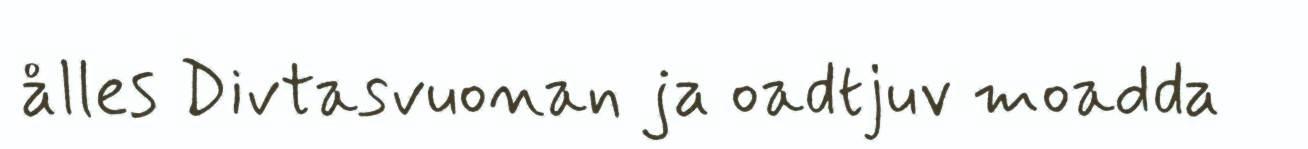
ålles Divtasvuonan ja oadtjuv moadda